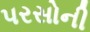
પરસોની